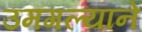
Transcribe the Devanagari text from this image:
उमगल्याने